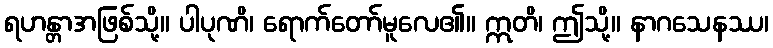
ရဟန္တာအဖြစ်သို့။ ပါပုဏိ၊ ရောက်တော်မူလေ၏။ ဣတိ၊ ဤသို့။ နာဂသေနဿ၊